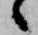
候